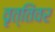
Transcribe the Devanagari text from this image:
वृत्तिंवर